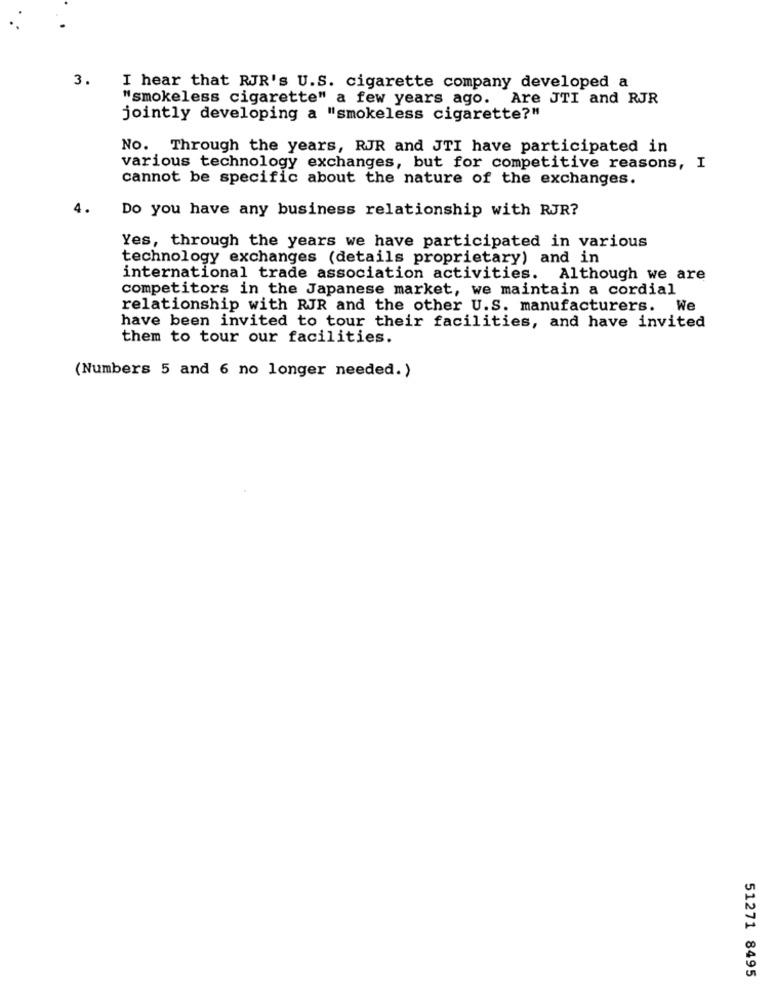
3.
I hear that RJR's U.S. cigarette company developed a
"smokeless cigarette" a few years ago. Are JTI and RJR
jointly developing a "smokeless cigarette?"
No. Through the years, RJR and JTI have participated in
various technology exchanges, but for competitive reasons, I
cannot be specific about the nature of the exchanges.
Do you have any business relationship with RJR?
Yes, through the years we have participated in various
technology exchanges (details proprietary) and in
international trade association activities. Although we are
competitors in the Japanese market, we maintain a cordial
relationship with RJR and the other U.S. manufacturers. We
have been invited to tour their facilities, and have invited
them to tour our facilities.
(Numbers 5 and 6 no longer needed.)
51271 8495